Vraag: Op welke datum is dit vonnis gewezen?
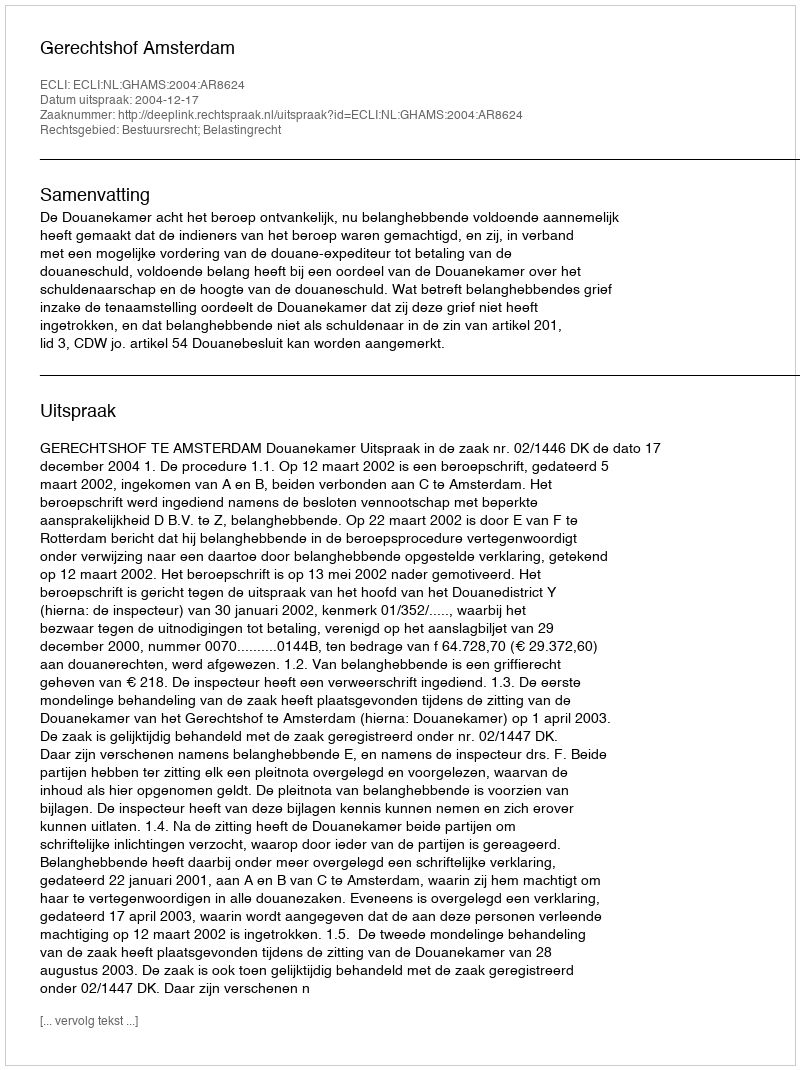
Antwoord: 2004-12-17